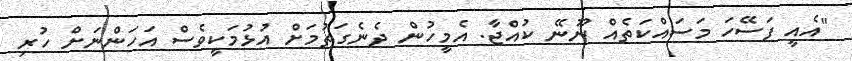
"އެއީ ފަސޭހަ މަސައްކަތެއް ނޫނޭ ކުއްޖާ. އެމީހުން ދެނެގަތުމަށް އުޅުމަކީވެސް އަހަންނަށް ހުރި